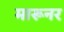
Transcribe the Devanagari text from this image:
मारूनर